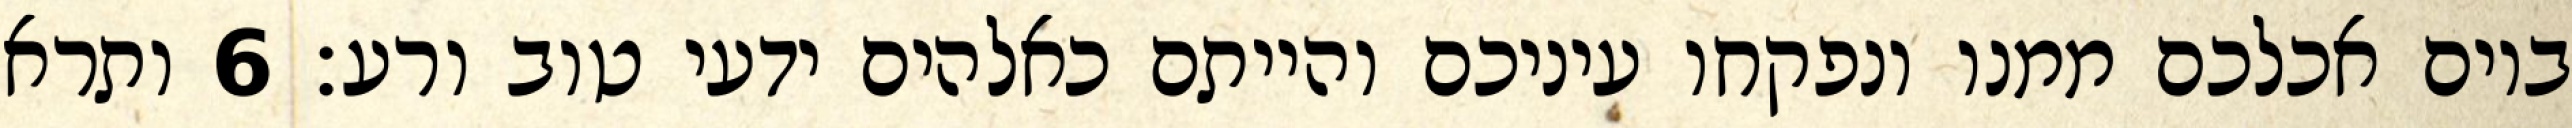
ביום אכלכם ממנו ונפקחו עיניכם והייתם כאלהים ידעי טוב ורע׃ ‎6‏ ותרא